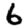
Digit: 6